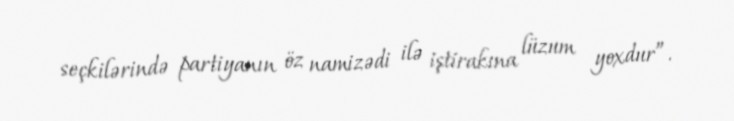
seçkilərində partiyanın öz namizədi ilə iştirakına lüzum yoxdur”.